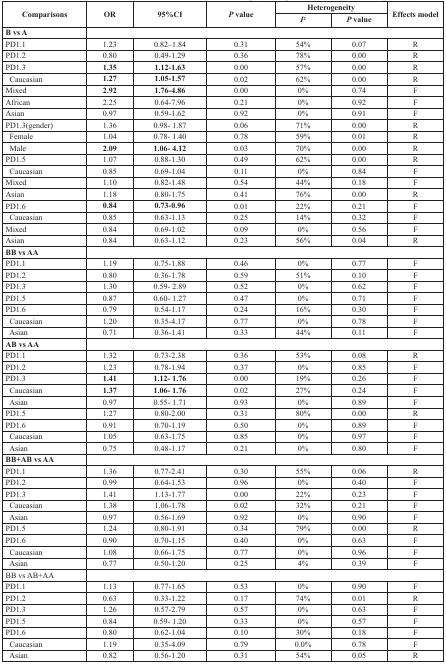
<table><thead><tr><td rowspan="2"><b>Comparisons</b></td><td rowspan="2"><b>OR</b></td><td rowspan="2"><b>95%CI</b></td><td rowspan="2"><b><i>P</i> value</b></td><td colspan="2"><b>Heterogeneity</b></td><td rowspan="2"><b>Effects model</b></td></tr><tr><td><b><i>I</i><sup>2</sup></b></td><td><b><i>P</i> value</b></td></tr></thead><tbody><tr><td><b>B vs A</b></td><td colspan="6"></td></tr><tr><td>PD1.1</td><td>1.23</td><td>0.82–1.84</td><td>0.31</td><td>54%</td><td>0.07</td><td>R</td></tr><tr><td>PD1.2</td><td>0.80</td><td>0.49-1.29</td><td>0.36</td><td>78%</td><td>0.00</td><td>R</td></tr><tr><td>PD1.3</td><td><b>1.35</b></td><td><b>1.12-1.63</b></td><td>0.00</td><td>57%</td><td>0.00</td><td>R</td></tr><tr><td> Caucasian</td><td><b>1.27</b></td><td><b>1.05-1.57</b></td><td>0.02</td><td>62%</td><td>0.00</td><td>R</td></tr><tr><td>Mixed</td><td><b>2.92</b></td><td><b>1.76-4.86</b></td><td>0.00</td><td>0%</td><td>0.74</td><td>F</td></tr><tr><td>African</td><td>2.25</td><td>0.64-7.96</td><td>0.21</td><td>0%</td><td>0.92</td><td>F</td></tr><tr><td>Asian</td><td>0.97</td><td>0.59-1.62</td><td>0.92</td><td>0%</td><td>0.91</td><td>F</td></tr><tr><td>PD1.3(gender)</td><td>1.36</td><td>0.98- 1.87</td><td>0.06</td><td>71%</td><td>0.00</td><td>R</td></tr><tr><td> Female</td><td>1.04</td><td>0.78- 1.40</td><td>0.78</td><td>59%</td><td>0.01</td><td>R</td></tr><tr><td> Male</td><td><b>2.09</b></td><td><b>1.06- 4.12</b></td><td>0.03</td><td>70%</td><td>0.00</td><td>R</td></tr><tr><td>PD1.5</td><td>1.07</td><td>0.88-1.30</td><td>0.49</td><td>62%</td><td>0.00</td><td>R</td></tr><tr><td> Caucasian</td><td>0.85</td><td>0.69-1.04</td><td>0.11</td><td>0%</td><td>0.84</td><td>F</td></tr><tr><td>Mixed</td><td>1.10</td><td>0.82-1.48</td><td>0.54</td><td>44%</td><td>0.18</td><td>F</td></tr><tr><td>Asian</td><td>1.18</td><td>0.80-1.75</td><td>0.41</td><td>76%</td><td>0.00</td><td>R</td></tr><tr><td>PD1.6</td><td><b>0.84</b></td><td><b>0.73-0.96</b></td><td>0.01</td><td>22%</td><td>0.21</td><td>F</td></tr><tr><td> Caucasian</td><td>0.85</td><td>0.63-1.13</td><td>0.25</td><td>14%</td><td>0.32</td><td>F</td></tr><tr><td>Mixed</td><td>0.84</td><td>0.69-1.02</td><td>0.09</td><td>0%</td><td>0.56</td><td>F</td></tr><tr><td>Asian</td><td>0.84</td><td>0.63-1.12</td><td>0.23</td><td>56%</td><td>0.04</td><td>R</td></tr><tr><td><b>BB vs AA</b></td><td colspan="6"></td></tr><tr><td>PD1.1</td><td>1.19</td><td>0.75-1.88</td><td>0.46</td><td>0%</td><td>0.77</td><td>F</td></tr><tr><td>PD1.2</td><td>0.80</td><td>0.36-1.78</td><td>0.59</td><td>51%</td><td>0.10</td><td>F</td></tr><tr><td>PD1.3</td><td>1.30</td><td>0.59- 2.89</td><td>0.52</td><td>0%</td><td>0.62</td><td>F</td></tr><tr><td>PD1.5</td><td>0.87</td><td>0.60- 1.27</td><td>0.47</td><td>0%</td><td>0.71</td><td>F</td></tr><tr><td>PD1.6</td><td>0.79</td><td>0.54-1.17</td><td>0.24</td><td>16%</td><td>0.30</td><td>F</td></tr><tr><td> Caucasian</td><td>1.20</td><td>0.35-4.17</td><td>0.77</td><td>0%</td><td>0.78</td><td>F</td></tr><tr><td> Asian</td><td>0.71</td><td>0.36-1.41</td><td>0.33</td><td>44%</td><td>0.11</td><td>F</td></tr><tr><td><b>AB vs AA</b></td><td colspan="6"></td></tr><tr><td>PD1.1</td><td>1.32</td><td>0.73-2.38</td><td>0.36</td><td>53%</td><td>0.08</td><td>R</td></tr><tr><td>PD1.2</td><td>1.23</td><td>0.78-1.94</td><td>0.37</td><td>0%</td><td>0.85</td><td>F</td></tr><tr><td>PD1.3</td><td><b>1.41</b></td><td><b>1.12- 1.76</b></td><td>0.00</td><td>19%</td><td>0.26</td><td>F</td></tr><tr><td> Caucasian</td><td><b>1.37</b></td><td><b>1.06- 1.76</b></td><td>0.02</td><td>27%</td><td>0.24</td><td>F</td></tr><tr><td> Asian</td><td>0.97</td><td>0.55- 1.71</td><td>0.93</td><td>0%</td><td>0.89</td><td>F</td></tr><tr><td>PD1.5</td><td>1.27</td><td>0.80-2.00</td><td>0.31</td><td>80%</td><td>0.00</td><td>R</td></tr><tr><td>PD1.6</td><td>0.91</td><td>0.70-1.19</td><td>0.50</td><td>0%</td><td>0.89</td><td>F</td></tr><tr><td> Caucasian</td><td>1.05</td><td>0.63-1.75</td><td>0.85</td><td>0%</td><td>0.97</td><td>F</td></tr><tr><td> Asian</td><td>0.75</td><td>0.48-1.17</td><td>0.21</td><td>0%</td><td>0.80</td><td>F</td></tr><tr><td><b>BB+AB vs AA</b></td><td colspan="6"></td></tr><tr><td>PD1.1</td><td>1.36</td><td>0.77-2.41</td><td>0.30</td><td>55%</td><td>0.06</td><td>R</td></tr><tr><td>PD1.2</td><td>0.99</td><td>0.64-1.53</td><td>0.96</td><td>0%</td><td>0.40</td><td>F</td></tr><tr><td>PD1.3</td><td>1.41</td><td>1.13-1.77</td><td>0.00</td><td>22%</td><td>0.23</td><td>F</td></tr><tr><td> Caucasian</td><td>1.38</td><td>1.06-1.78</td><td>0.02</td><td>32%</td><td>0.21</td><td>F</td></tr><tr><td> Asian</td><td>0.97</td><td>0.56-1.69</td><td>0.92</td><td>0%</td><td>0.90</td><td>F</td></tr><tr><td>PD1.5</td><td>1.24</td><td>0.80-1.91</td><td>0.34</td><td>79%</td><td>0.00</td><td>R</td></tr><tr><td>PD1.6</td><td>0.90</td><td>0.70-1.15</td><td>0.40</td><td>0%</td><td>0.63</td><td>F</td></tr><tr><td> Caucasian</td><td>1.08</td><td>0.66-1.75</td><td>0.77</td><td>0%</td><td>0.96</td><td>F</td></tr><tr><td> Asian</td><td>0.77</td><td>0.50-1.20</td><td>0.25</td><td>4%</td><td>0.39</td><td>F</td></tr><tr><td>BB vs AB+AA</td><td colspan="6"></td></tr><tr><td>PD1.1</td><td>1.13</td><td>0.77-1.65</td><td>0.53</td><td>0%</td><td>0.90</td><td>F</td></tr><tr><td>PD1.2</td><td>0.63</td><td>0.33-1.22</td><td>0.17</td><td>74%</td><td>0.01</td><td>R</td></tr><tr><td>PD1.3</td><td>1.26</td><td>0.57-2.79</td><td>0.57</td><td>0%</td><td>0.63</td><td>F</td></tr><tr><td>PD1.5</td><td>0.84</td><td>0.59- 1.20</td><td>0.33</td><td>0%</td><td>0.57</td><td>F</td></tr><tr><td>PD1.6</td><td>0.80</td><td>0.62-1.04</td><td>0.10</td><td>30%</td><td>0.18</td><td>F</td></tr><tr><td> Caucasian</td><td>1.19</td><td>0.35-4.09</td><td>0.79</td><td>0.0%</td><td>0.78</td><td>F</td></tr><tr><td> Asian</td><td>0.82</td><td>0.56-1.20</td><td>0.31</td><td>54%</td><td>0.05</td><td>R</td></tr></tbody></table>